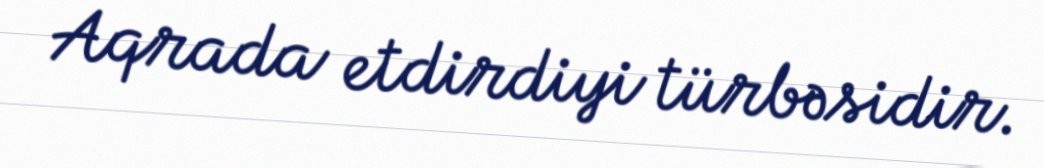
Aqrada etdirdiyi türbəsidir.